Civil Veterinary Department. Central Provinces & Berar 1925-31 - 1925-1931
Year: 1925
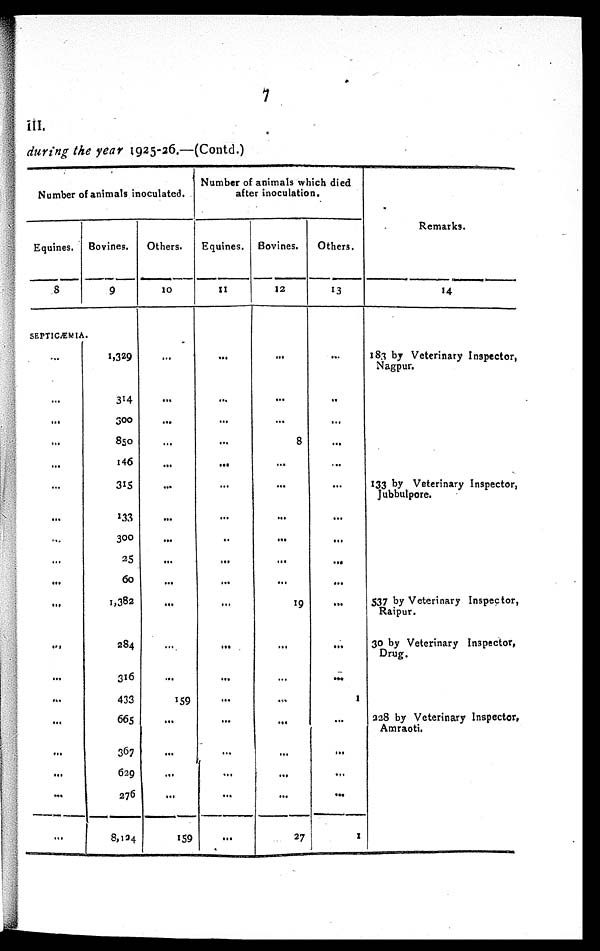
7
III.
during the year 1925-26.—(Contd.)
Number of animals inoculated.
Equines.
8
SEPTICÆMIA
...
...
...
...
...
...
...
...
...
...
...
...
...
...
...
...
...
...
...
Bovines.
9
1,329
314
300
850
146
315
133
300
25
60
1,382
284
316
433
665
367
629
276
8,124
Others.
10
...
...
...
...
...
...
...
...
...
...
...
...
...
159
...
...
...
...
159
Number of animals which died
after inoculation.
Equines.
11
...
...
...
...
...
...
...
..
...
...
...
...
...
...
...
...
...
...
...
Bovines.
12
...
...
...
8
...
...
...
...
...
...
19
...
...
...
...
...
...
...
27
Others.
13
...
..
...
...
...
...
...
...
...
...
...
...
...
1
...
...
...
...
1
Remarks.
14
183 by Veterinary Inspector,
Nagpur.
133 by Veterinary Inspector,
Jubbulpore.
537 by Veterinary Inspector,
Raipur.
30 by Veterinary Inspector,
Drug.
328 by Veterinary Inspector.
Amraoti.